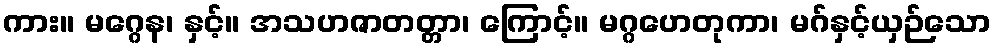
ကား။ မဂ္ဂေန၊ နှင့်။ အသဟဇာတတ္တာ၊ ကြောင့်။ မဂ္ဂဟေတုကာ၊ မဂ်နှင့်ယှဉ်သော